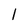
Character: 1